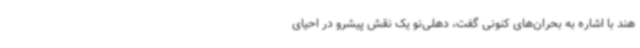
هند با اشاره به بحران‌های کنونی گفت، دهلی‌نو یک نقش پیشرو در احیای